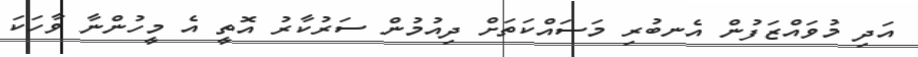
އަދި މުވައްޒަފުން އެނބުރި މަސައްކަތަށް ދިއުމުން ސަރުކާރު އޮތީ އެ މީހުންނާ ވާހަކަ